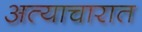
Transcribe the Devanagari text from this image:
अत्याचारात